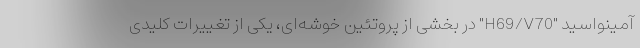
آمینواسید "H69/V70" در بخشی از پروتئین خوشه‌ای، یکی از تغییرات کلیدی